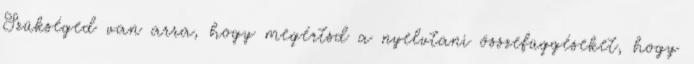
Szükséged van arra, hogy megértsd a nyelvtani összefüggéseket, hogy